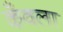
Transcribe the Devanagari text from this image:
कँवला